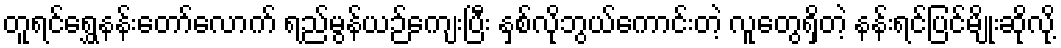
တူရင်ရွှေနန်းတော်လောက် ရည်မွန်ယဉ်ကျေးပြီး နှစ်လိုဘွယ်ကောင်းတဲ့ လူတွေရှိတဲ့ နန်းရင်ပြင်မျိုးဆိုလို့